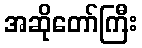
အဆိုတော်ကြီး